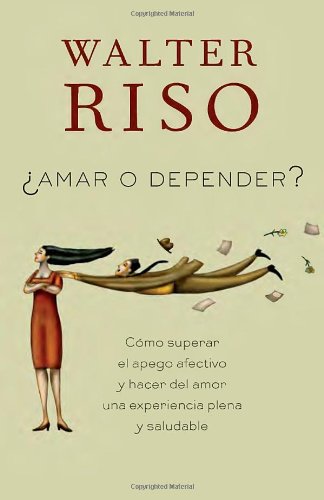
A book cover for Amar o depender (Spanish Edition); Walter Riso; Self-Help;